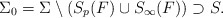
\begin{align*}\Sigma_0 = \Sigma \setminus (S_p(F) \cup S_{\infty}(F)) \supset S.\end{align*}